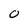
Character: 0